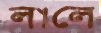
লালে